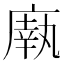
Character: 𫷼